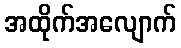
အထိုက်အလျောက်